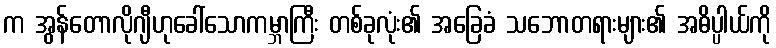
က အွန်တောလိုဂျီဟုခေါ်သောကမ္ဘာကြီး တစ်ခုလုံး၏ အခြေခံ သဘောတရားများ၏ အဓိပ္ပါယ်ကို